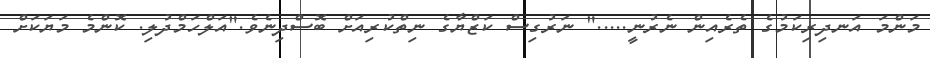
މަންމަ އަނދިރިކަމުގެ ތެރެއިން ނެރުނީ....." ނަރުގިސް ކަޒްޔާގެ ނިތްކުރިއަށް ބޮސްދިނެވެ."އަލްހަމްދުލި. ކޮންމެ މަޔަކަށް